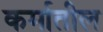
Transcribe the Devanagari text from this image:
कर्मातील